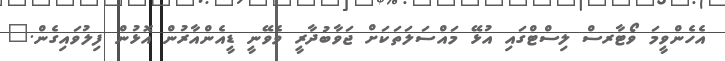
އެހެންވީމަ ވޯޓާރސް ލިސްޓްގައި އުޅޭ މައްސަލަތަކަށް ޖަވާބުދާރީ ވެވޭނީ ޑީއެންއާރުން އޮޅުން ފިލުވައިގެން."